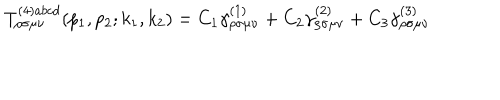
T _ { \rho \sigma \mu \nu } ^ { ( 4 ) a b c d } ( p _ { 1 } , p _ { 2 } ; k _ { 1 } , k _ { 2 } ) = C _ { 1 } \gamma _ { \rho \sigma \mu \nu } ^ { ( 1 ) } + C _ { 2 } \gamma _ { \rho \sigma \mu \nu } ^ { ( 2 ) } + C _ { 3 } \gamma _ { \rho \sigma \mu \nu } ^ { ( 3 ) }